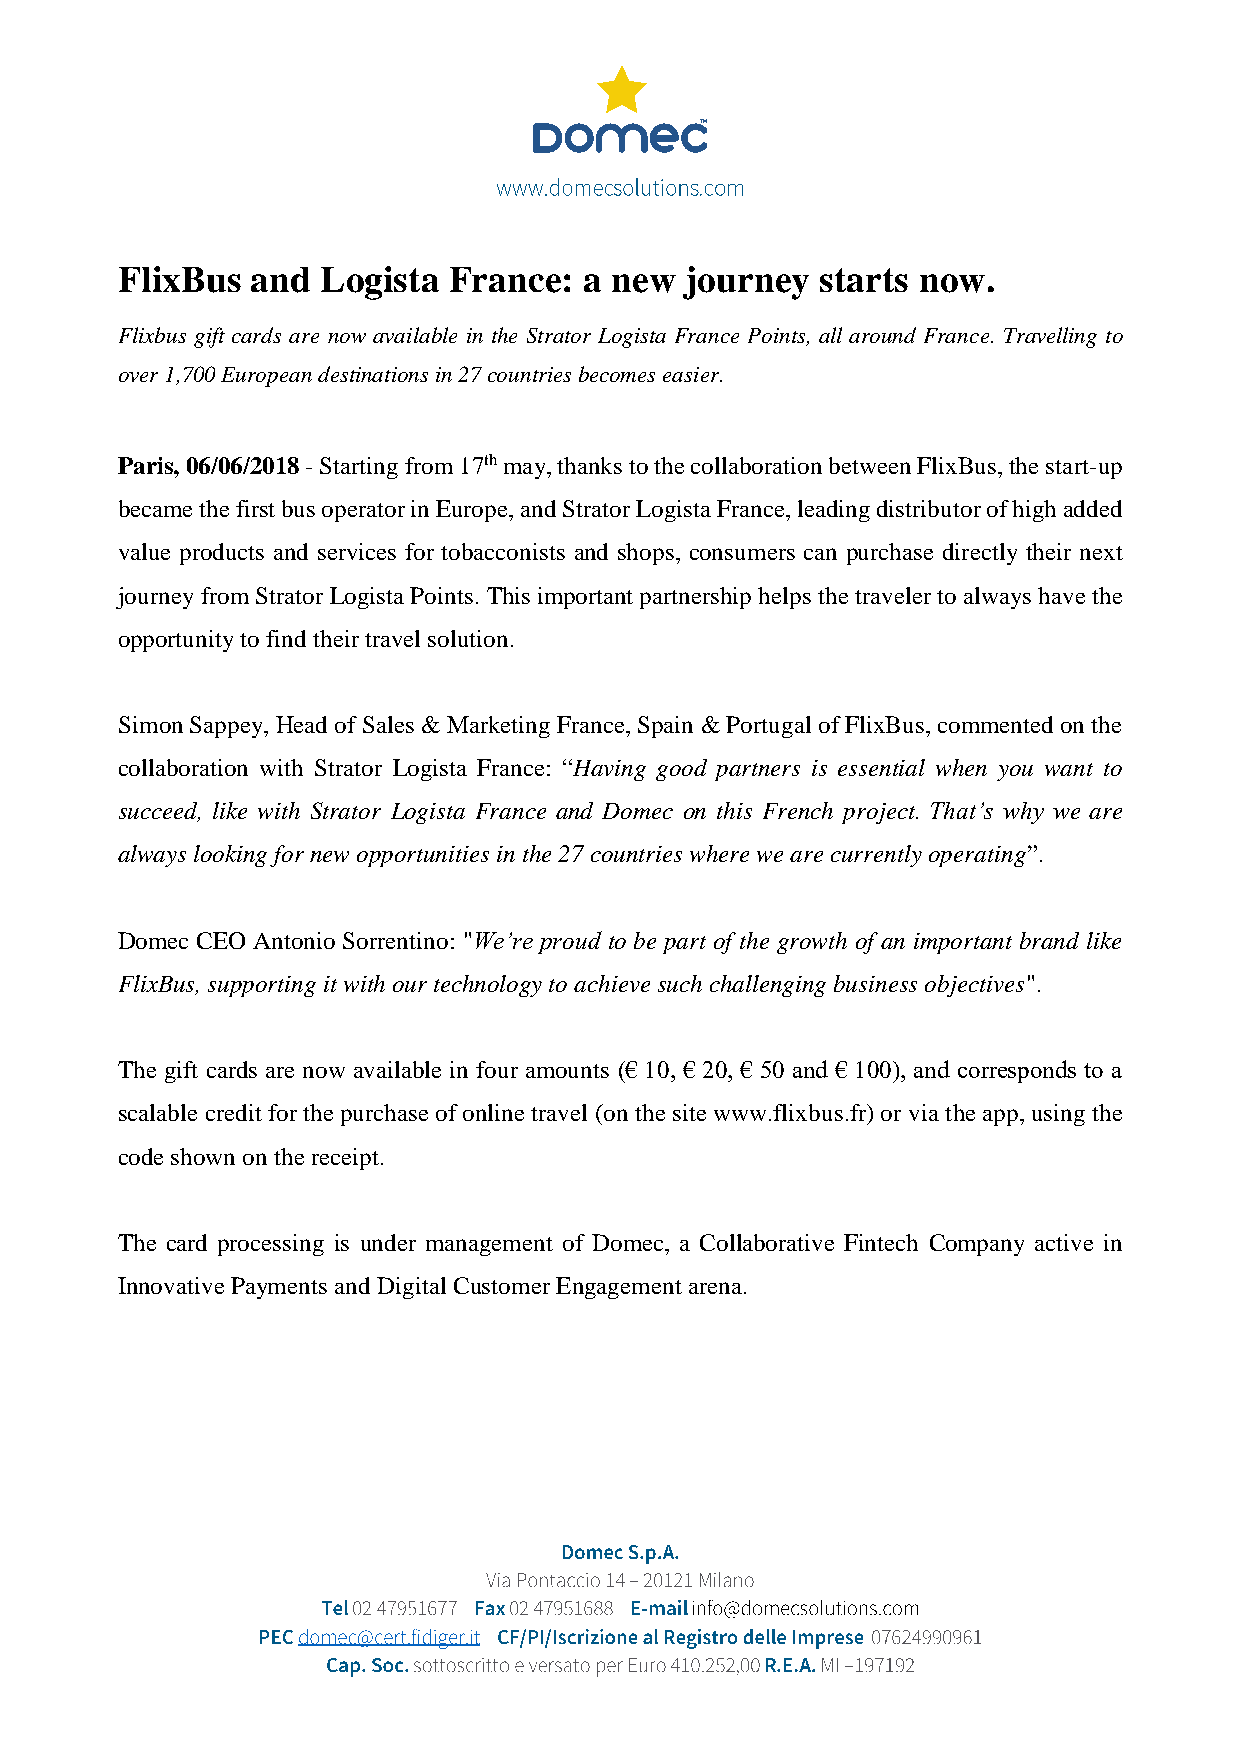
FlixBus  and Logista  France:  a new journey  starts now.
 Flixbus gift cards are now available in the Strator Logista France Points, all around France. Travelling to
 over 1,700 European destinations in 27 countries becomes easier.
 Paris, 06/06/2018 - Starting from 17th may, thanks to the collaboration between FlixBus, the start-up
 became the first bus operator in Europe, and Strator Logista France, leading distributor of high added
 value products and services for tobacconists and shops, consumers can purchase directly their next
 journey from Strator Logista Points. This important partnership helps the traveler to always have the
 opportunity to find their travel solution.
 Simon Sappey, Head of Sales & Marketing France, Spain & Portugal of FlixBus, commented on the
 collaboration with Strator Logista France: “Having good partners is essential when you want to
 succeed, like with Strator Logista France and Domec on this French project. That’s why we are
 always looking for new opportunities in the 27 countries where we are currently operating”.
 Domec CEO Antonio Sorrentino: "We’re proud to be part of the growth of an important brand like
 FlixBus, supporting it with our technology to achieve such challenging business objectives".
 The gift cards are now available in four amounts (€ 10, € 20, € 50 and € 100), and corresponds to a
 scalable credit for the purchase of online travel (on the site www.flixbus.fr) or via the app, using the
 code shown on the receipt.
 The card processing is under management of Domec, a Collaborative Fintech Company active in
 Innovative Payments and Digital Customer Engagement arena.